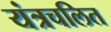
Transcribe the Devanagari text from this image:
यंत्रचलित